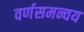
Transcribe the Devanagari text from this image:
वर्णसमन्वय